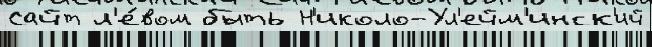
Сайт л'е́вом быть Н'иколо-Ул'ейм'инск'ий